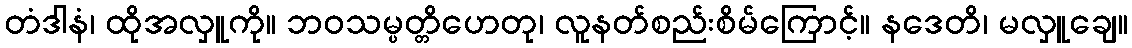
တံဒါနံ၊ ထိုအလှူကို။ ဘဝသမ္ပတ္တိဟေတု၊ လူနတ်စည်းစိမ်ကြောင့်။ နဒေတိ၊ မလှူချေ။